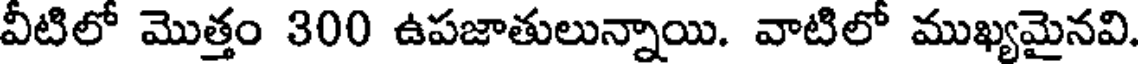
వీటిలో మొత్తం 300 ఉపజాతులున్నాయి. వాటిలో ముఖ్యమైనవి.